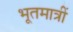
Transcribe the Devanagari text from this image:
भूतमात्रीं